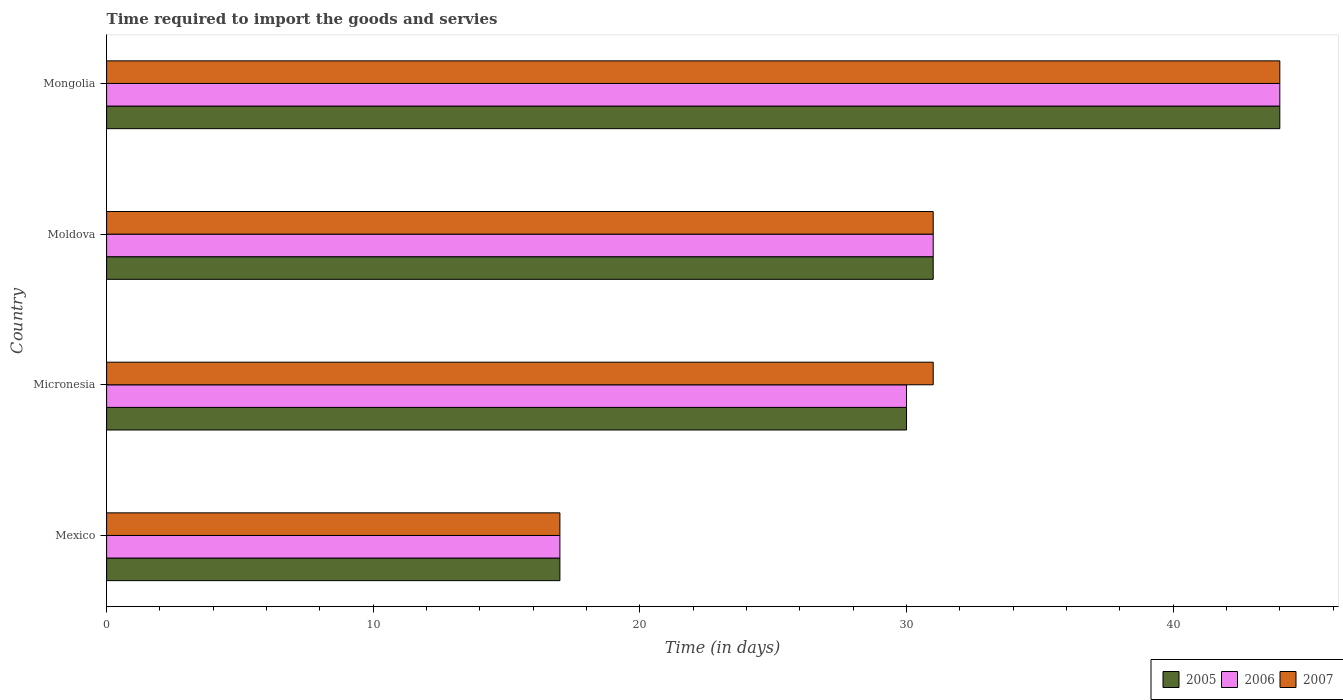
| Country | 2005 | 2006 | 2007 |
 | --- | --- | --- | --- |
 | Mexico | 17 | 17 | 17 |
 | Micronesia | 30 | 30 | 31 |
 | Moldova | 31 | 31 | 31 |
 | Mongolia | 44 | 44 | 44 |